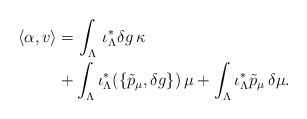
LaTeX: \begin{align*}\left<\alpha,v\right>&=\int_\Lambda\,\iota_\Lambda^*\delta g\,\kappa\\&+\int_\Lambda\iota_\Lambda^*(\left\{\tilde{p}_\mu,\delta g\right\})\,\mu+\int_\Lambda \iota_\Lambda^*\tilde{p}_\mu\,\delta\mu.\end{align*}